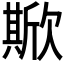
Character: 𣤘